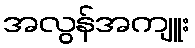
အလွန်အကျူး